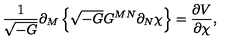
\frac { 1 } { \sqrt { - G } } \partial _ { M } \left\{ \sqrt { - G } G ^ { M N } \partial _ { N } \chi \right\} = \frac { \partial V } { \partial \chi } ,